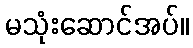
မသုံးဆောင်အပ်။